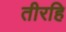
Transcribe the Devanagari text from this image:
तीरहि